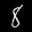
Label: 8